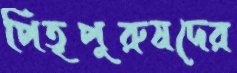
পিতৃপুরুষদের